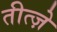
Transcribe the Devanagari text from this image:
तीत्ज़े